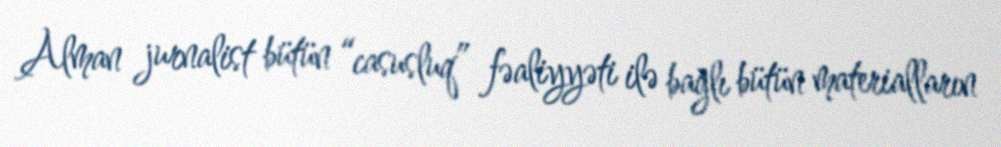
Alman jurnalist bütün “casusluq” fəaliyyəti ilə bağlı bütün materialların